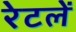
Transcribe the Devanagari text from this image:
रेटलें